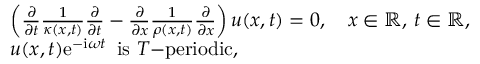
\begin{array} { r l } & { \left( \frac { \partial } { \partial t } \frac { 1 } { \kappa ( x , t ) } \frac { \partial } { \partial t } - \frac { \partial } { \partial x } \frac { 1 } { \rho ( x , t ) } \frac { \partial } { \partial x } \right) u ( x , t ) = 0 , \quad x \in \mathbb { R } , \, t \in \mathbb { R } , } \\ & { u ( x , t ) \mathrm { e } ^ { - \mathrm { i } \omega t } \, \, \, \mathrm { i s } \, \, T \mathrm { - p e r i o d i c } , } \end{array}